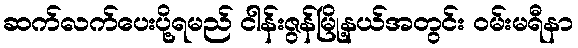
ဆက်လက်ပေးပို့ရမည် ငါန်းဇွန်မြို့နယ်အတွင်း ဝမ်းမရီနာ